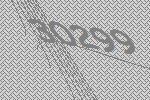
30299